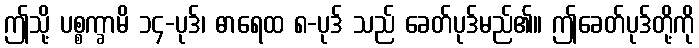
ဤသို့ ပစ္စက္ခာမိ ၁၄-ပုဒ်၊ ဓာရေထ ၈-ပုဒ် သည် ခေတ်ပုဒ်မည်၏။ ဤခေတ်ပုဒ်တို့ကို